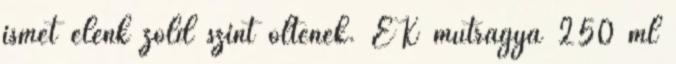
ismét élénk zöld színt öltenek. EK műtrágya 250 ml